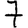
Digit: 7